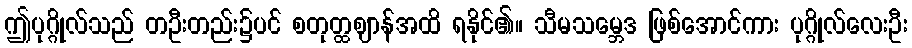
ဤပုဂ္ဂိုလ်သည် တဦးတည်း၌ပင် စတုတ္ထဈာန်အထိ ရနိုင်၏။ သီမသမ္ဘေဒ ဖြစ်အောင်ကား ပုဂ္ဂိုလ်လေးဦး